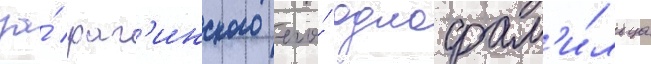
за́ раг'инского его́ однофам'и́льца